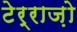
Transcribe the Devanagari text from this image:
टेर्राज़ो